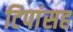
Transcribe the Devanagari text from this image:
टिपांसह